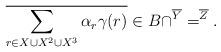
LaTeX: \begin{align*}\overline{\sum_{r\in X\cup X^2\cup X^3} \alpha_r\gamma(r)} \in B\cap \sp{\overline{Y}}=\sp{\overline{Z}}.\end{align*}